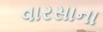
વારસાના